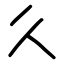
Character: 𫝄